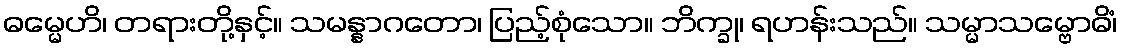
ဓမ္မေဟိ၊ တရားတို့နှင့်။ သမန္နာဂတော၊ ပြည့်စုံသော။ ဘိက္ခု၊ ရဟန်းသည်။ သမ္မာသမ္ဗောဓိံ၊